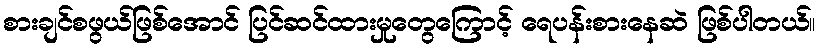
စားချင်စဖွယ်ဖြစ်အောင် ပြင်ဆင်ထားမှုတွေကြောင့် ရေပန်းစားနေဆဲ ဖြစ်ပါတယ်။